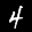
Label: 4